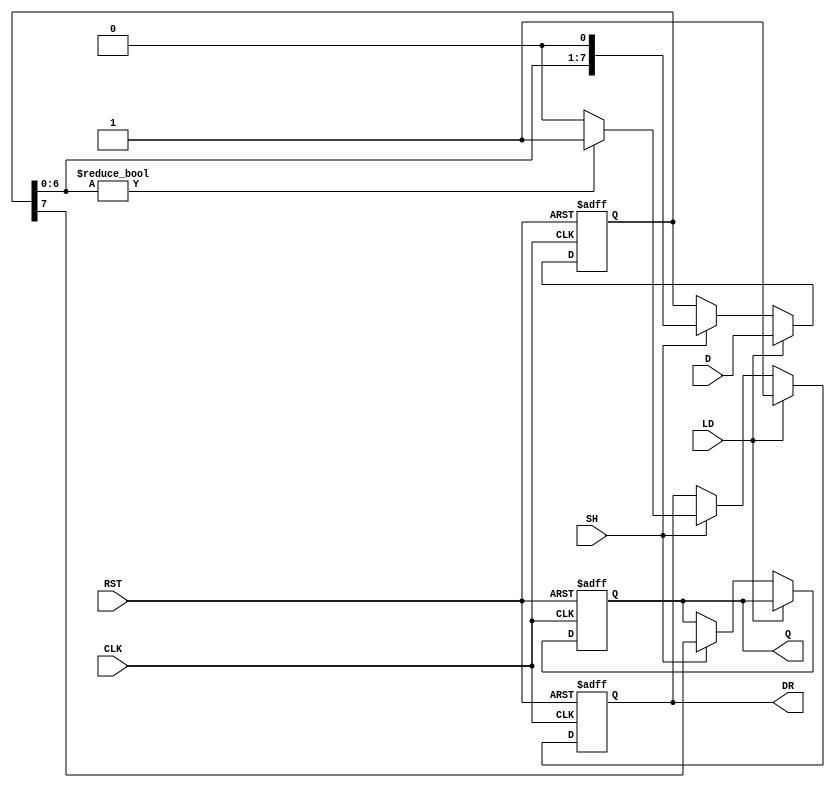
module PISO_Register (
    input wire [7:0] D,         // Parallel Data Input
    input wire LD,              // Load Signal
    input wire SH,              // Shift Signal
    input wire CLK,             // Clock Signal
    input wire RST,             // Reset Signal
    output reg Q,               // Serial Output
    output reg DR               // Data Ready Signal
);
    
    reg [7:0] shift_reg;        // Internal Shift Register

    always @(posedge CLK or posedge RST) begin
        if (RST) begin
            shift_reg <= 8'b0;   // Clear the register on reset
            Q <= 1'b0;           // Clear the serial output
            DR <= 1'b0;          // Clear Data Ready signal
        end else begin
            if (LD) begin
                shift_reg <= D;   // Load parallel data into the shift register
                DR <= 1'b1;       // Indicate that data is ready to be shifted
            end else if (SH) begin
                // Shift the register and output the MSB
                Q <= shift_reg[7]; // Output the MSB
                shift_reg <= {shift_reg[6:0], 1'b0}; // Shift left
                DR <= (shift_reg[6:0] != 7'b0) ? 1'b1 : 1'b0; // Set DR if more data remains
            end
        end
    end

endmodule